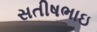
સતીષભાઇ